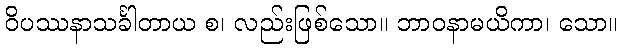
ဝိပဿနာသင်္ခါတာယ စ၊ လည်းဖြစ်သော။ ဘာဝနာမယိကာ၊ သော။